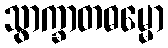
သွာက္ခာတဓမ္မော